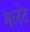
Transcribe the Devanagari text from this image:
मलेट